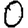
Digit: 0